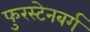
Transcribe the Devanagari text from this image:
फुरस्टेनबर्ग